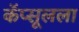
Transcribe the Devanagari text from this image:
कॅप्सूलला